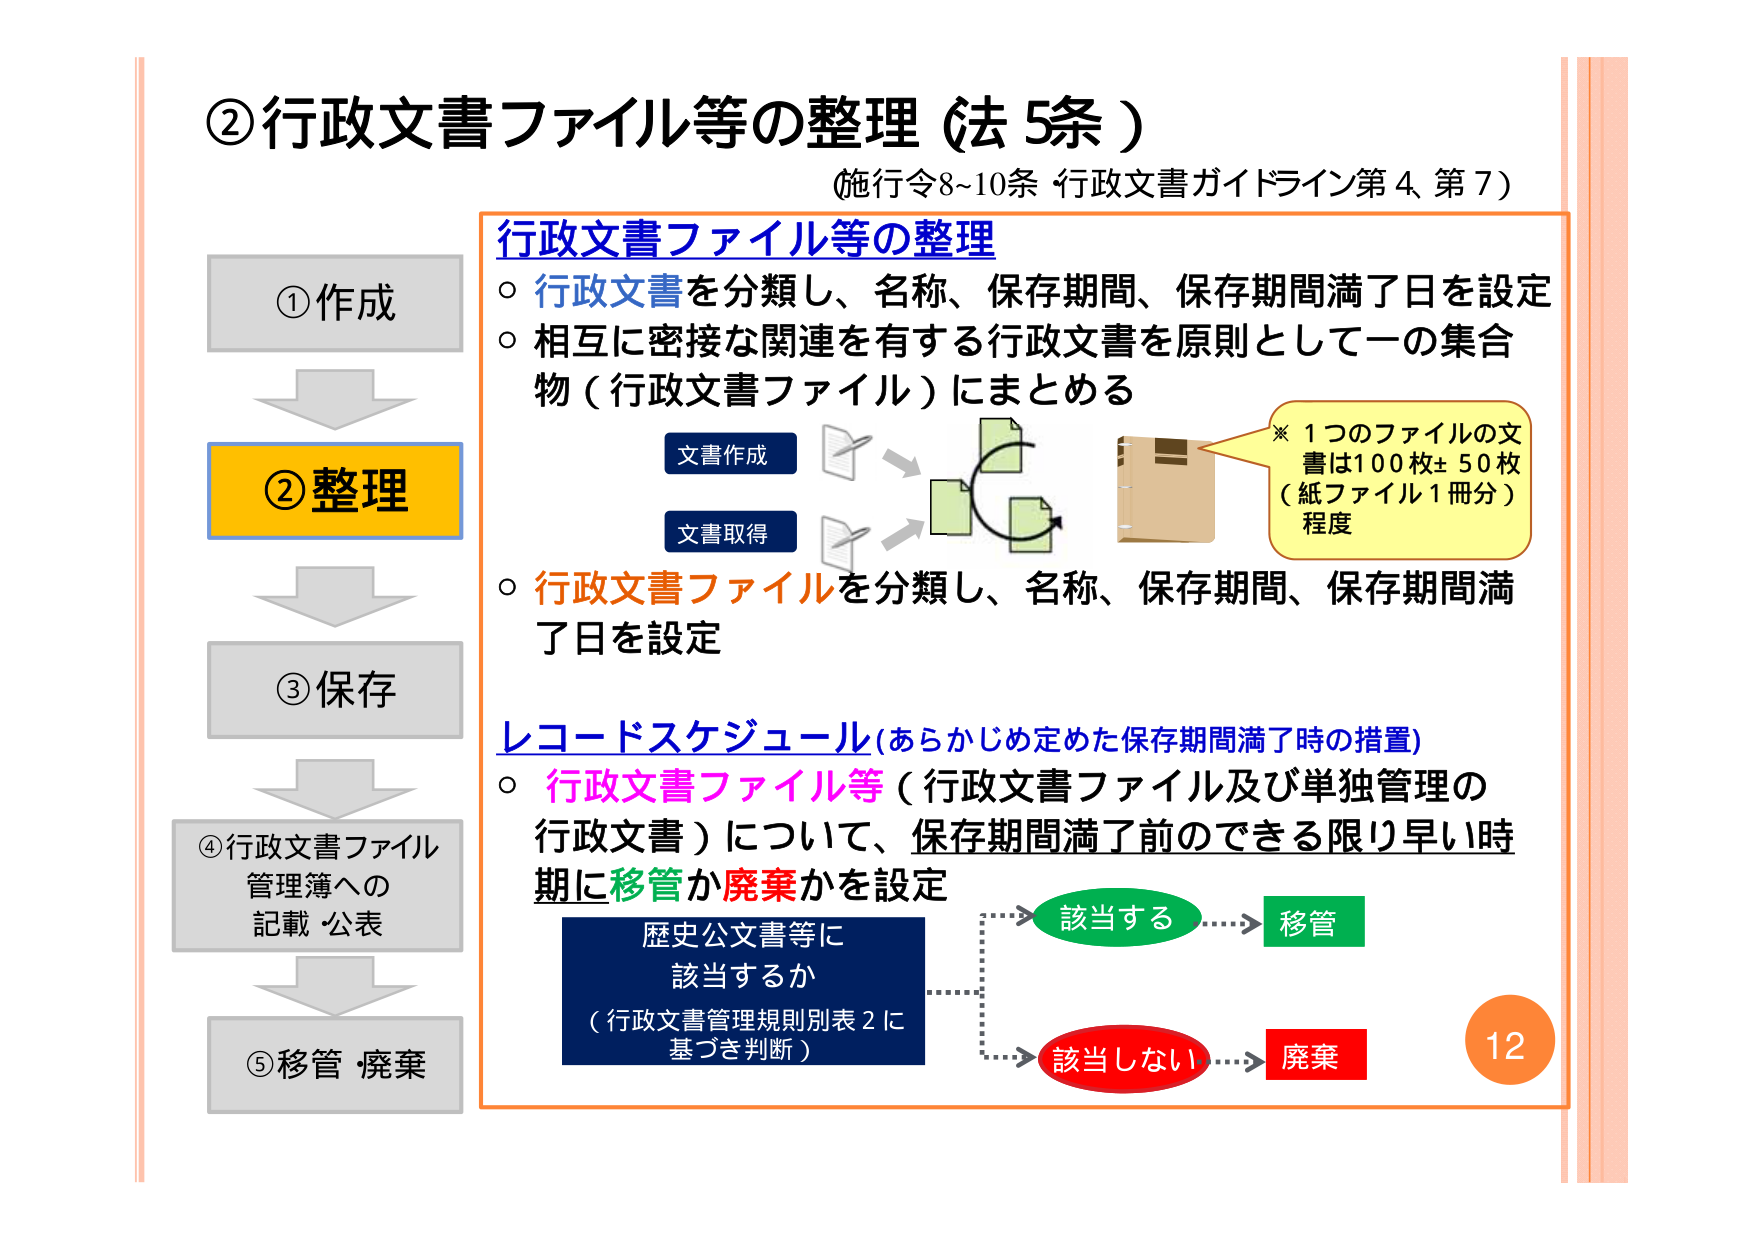
②行政文書ファイル等の整理（法5条）
（施行令8~10条 行政文書ガイドライン第4、第7）

行政文書ファイル等の整理
○ 行政文書を分類し、名称、保存期間、保存期間満了日を設定
○ 相互に密接な関連を有する行政文書を原則として一の集合物（行政文書ファイル）にまとめる

文書作成
文書取得

※ 1つのファイルの文書は100枚±50枚（紙ファイル1冊分）程度

○ 行政文書ファイルを分類し、名称、保存期間、保存期間満了日を設定

レコードスケジュール（あらかじめ定めた保存期間満了時の措置）
○ 行政文書ファイル等（行政文書ファイル及び単独管理の行政文書）について、保存期間満了前のできる限り早い時期に移管か廃棄を設定

歴史公文書等に該当するか
（行政文書管理規則別表2に基づき判断）

→ 該当する → 移管
→ 該当しない → 廃棄

①作成
②整理
③保存
④行政文書ファイル管理簿への記載・公表
⑤移管・廃棄

12